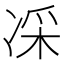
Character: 𠗡